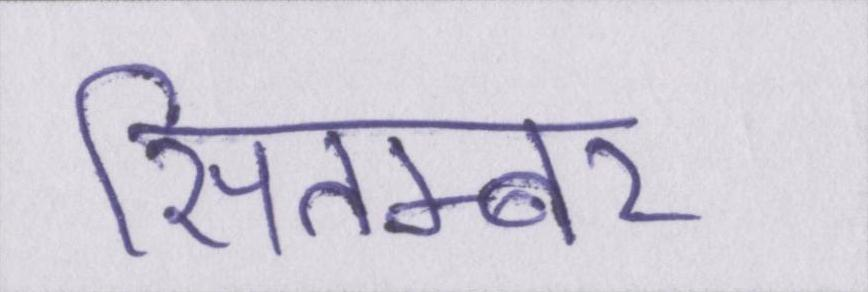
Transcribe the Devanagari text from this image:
सितम्बर